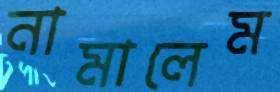
নামালেম